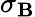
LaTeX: \sigma_{\mathbf{B}}